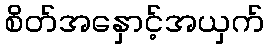
စိတ်အနှောင့်အယှက်